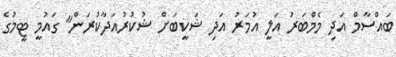
ބައްސާމް އަދި މެމްބަރު އަލީ އުމަރު އަދި ޝަކީބަށް ޝުކުރުއަދާކުރަން" ގައުމީ ޓީމުގެ